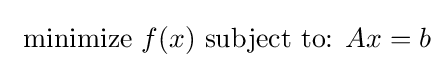
{\text{ minimize }}f(x){\text{ subject to: }}Ax=b